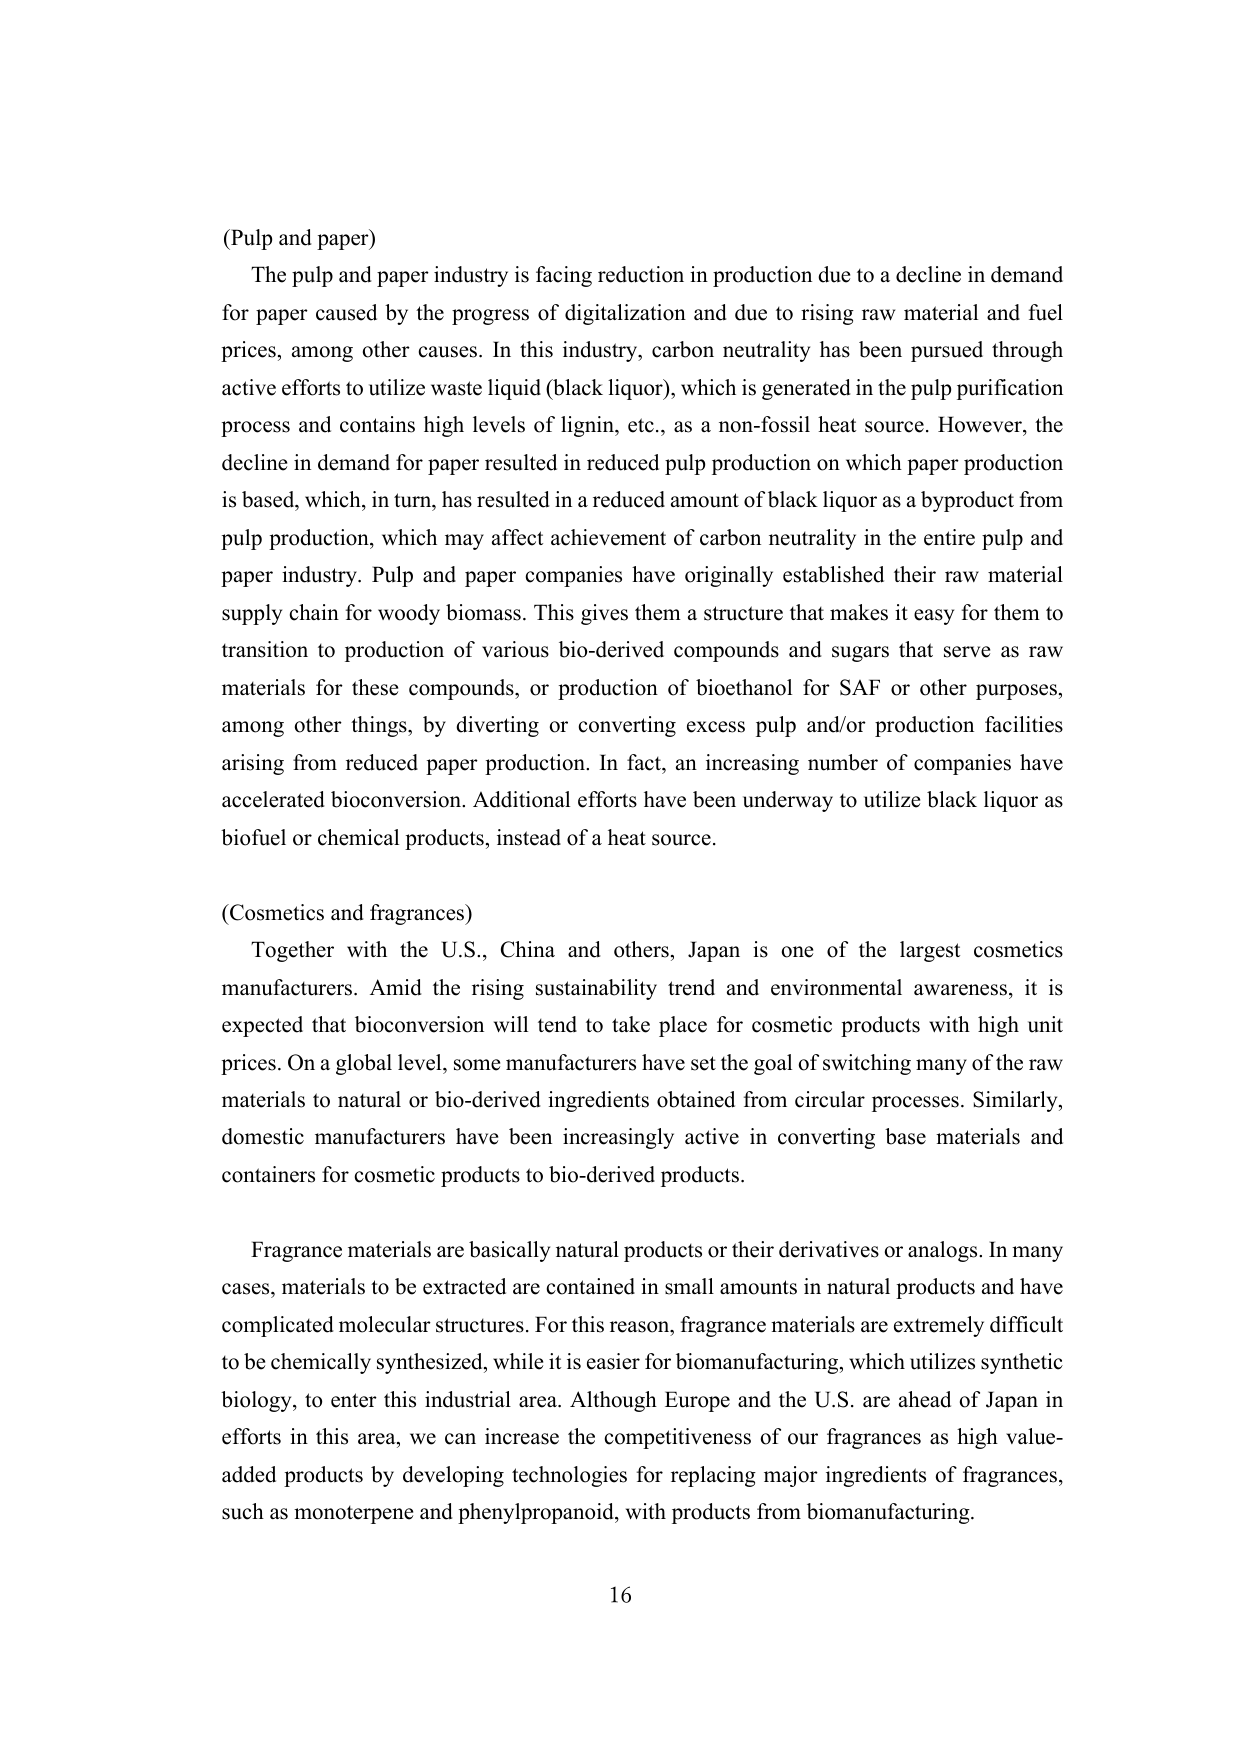
(Pulp and paper)
The pulp and paper industry is facing reduction in production due to a decline in demand for paper caused by the progress of digitalization and due to rising raw material and fuel prices, among other causes. In this industry, carbon neutrality has been pursued through active efforts to utilize waste liquid (black liquor), which is generated in the pulp purification process and contains high levels of lignin, etc., as a non-fossil heat source. However, the decline in demand for paper resulted in reduced pulp production on which paper production is based, which, in turn, has resulted in a reduced amount of black liquor as a byproduct from pulp production, which may affect achievement of carbon neutrality in the entire pulp and paper industry. Pulp and paper companies have originally established their raw material supply chain for woody biomass. This gives them a structure that makes it easy for them to transition to production of various bio-derived compounds and sugars that serve as raw materials for these compounds, or production of bioethanol for SAF or other purposes, among other things, by diverting or converting excess pulp and/or production facilities arising from reduced paper production. In fact, an increasing number of companies have accelerated bioconversion. Additional efforts have been underway to utilize black liquor as biofuel or chemical products, instead of a heat source.

(Cosmetics and fragrances)
Together with the U.S., China and others, Japan is one of the largest cosmetics manufacturers. Amid the rising sustainability trend and environmental awareness, it is expected that bioconversion will tend to take place for cosmetic products with high unit prices. On a global level, some manufacturers have set the goal of switching many of the raw materials to natural or bio-derived ingredients obtained from circular processes. Similarly, domestic manufacturers have been increasingly active in converting base materials and containers for cosmetic products to bio-derived products.

Fragrance materials are basically natural products or their derivatives or analogs. In many cases, materials to be extracted are contained in small amounts in natural products and have complicated molecular structures. For this reason, fragrance materials are extremely difficult to be chemically synthesized, while it is easier for biomanufacturing, which utilizes synthetic biology, to enter this industrial area. Although Europe and the U.S. are ahead of Japan in efforts in this area, we can increase the competitiveness of our fragrances as high value-added products by developing technologies for replacing major ingredients of fragrances, such as monoterpane and phenylpropanoid, with products from biomanufacturing.

16